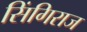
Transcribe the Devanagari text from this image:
सिंगिराज